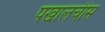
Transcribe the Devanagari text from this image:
पखालचीस